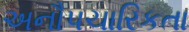
અનૌપચારિકતા